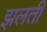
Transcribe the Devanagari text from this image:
झलती